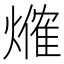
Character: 𤏥